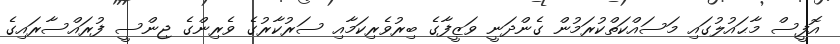
އޮފީސް މާޙައުލުގައި މަސައްކަތްކުރަމުން ގެންދަނީ ވަޒީފާގެ ބިރުވެރިކަމާއި ސަރުކާރުގެ ވެރިންގެ ޖިންސީ ފުރައްސާރައިގެ